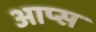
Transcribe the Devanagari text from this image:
आप्स